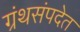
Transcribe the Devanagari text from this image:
ग्रंथसंपदेत